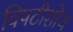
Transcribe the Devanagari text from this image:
विपटीशोथ